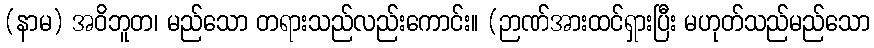
(နာမ) အဝိဘူတ၊ မည်သော တရားသည်လည်းကောင်း။ (ဉာဏ်အားထင်ရှားပြီး မဟုတ်သည်မည်သော